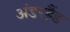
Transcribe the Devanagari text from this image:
अंडरहैंड